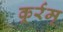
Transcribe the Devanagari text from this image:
कूर्रम्